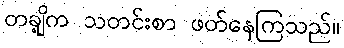
တချို့က သတင်းစာ ဖတ်နေကြသည်။